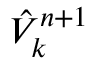
\hat { V } _ { k } ^ { n + 1 }